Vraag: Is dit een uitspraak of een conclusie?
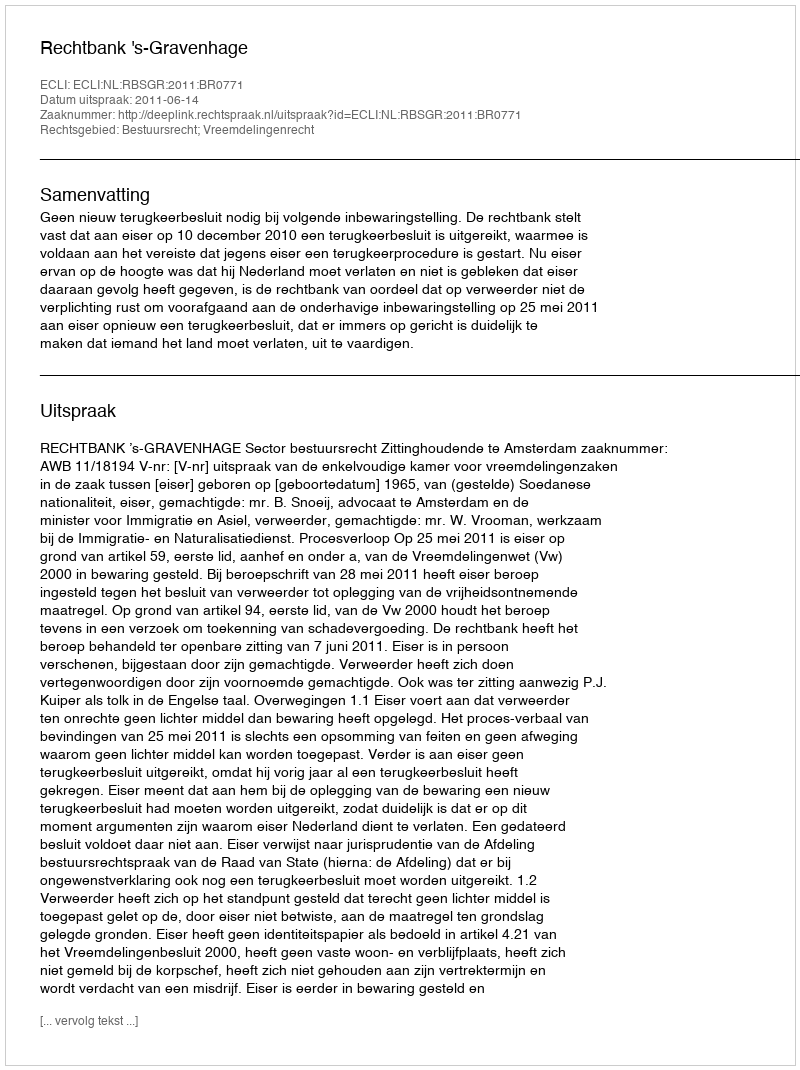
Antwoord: Uitspraak